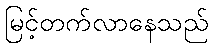
မြင့်တက်လာနေသည်